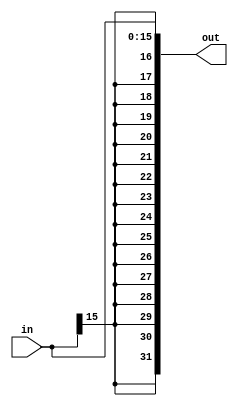
`timescale 1ns / 1ps
//////////////////////////////////////////////////////////////////////////////////
// Company: 
// Engineer: 
// 
// Design Name: 
// Module Name:    ExtendSign 
// Project Name: 
// Target Devices: 
// Tool versions: 
// Description: 
//
// Dependencies: 
//
// Revision: 
// Revision 0.01 - File Created
// Additional Comments: 
//
//////////////////////////////////////////////////////////////////////////////////
module ExtendSign(
	 input [15:0] in,
    output [31:0] out
    );

assign out[31:16]={16{in[15]}};
assign out[15:0]=in;

endmodule